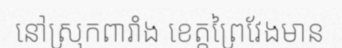
នៅស្រុកពារាំង ខេត្តព្រៃវែងមាន